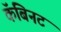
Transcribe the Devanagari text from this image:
कॅबिनट